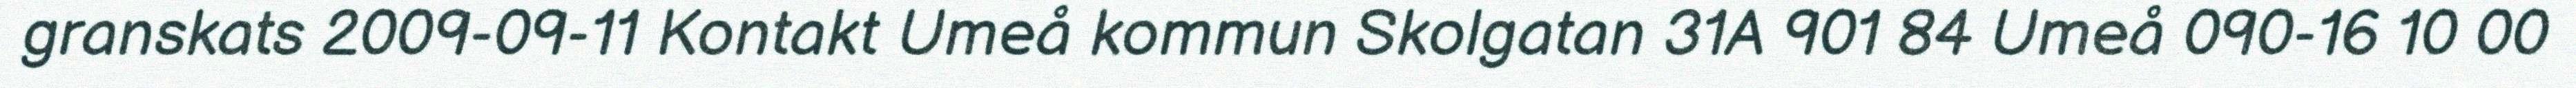
granskats 2009-09-11 Kontakt Umeå kommun Skolgatan 31A 901 84 Umeå 090-16 10 00